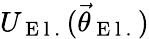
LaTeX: U_{\mathrm{~E~l~.~}}(\vec{\theta}_{\mathrm{~E~l~.~}})